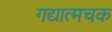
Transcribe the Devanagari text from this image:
गद्यात्मचक